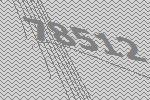
78512